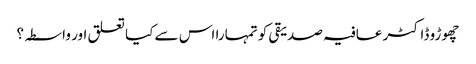
چھوڑو ڈاکٹر عافیہ صدیقی کو تمہارا اس سے کیا تعلق اور واسطہ؟